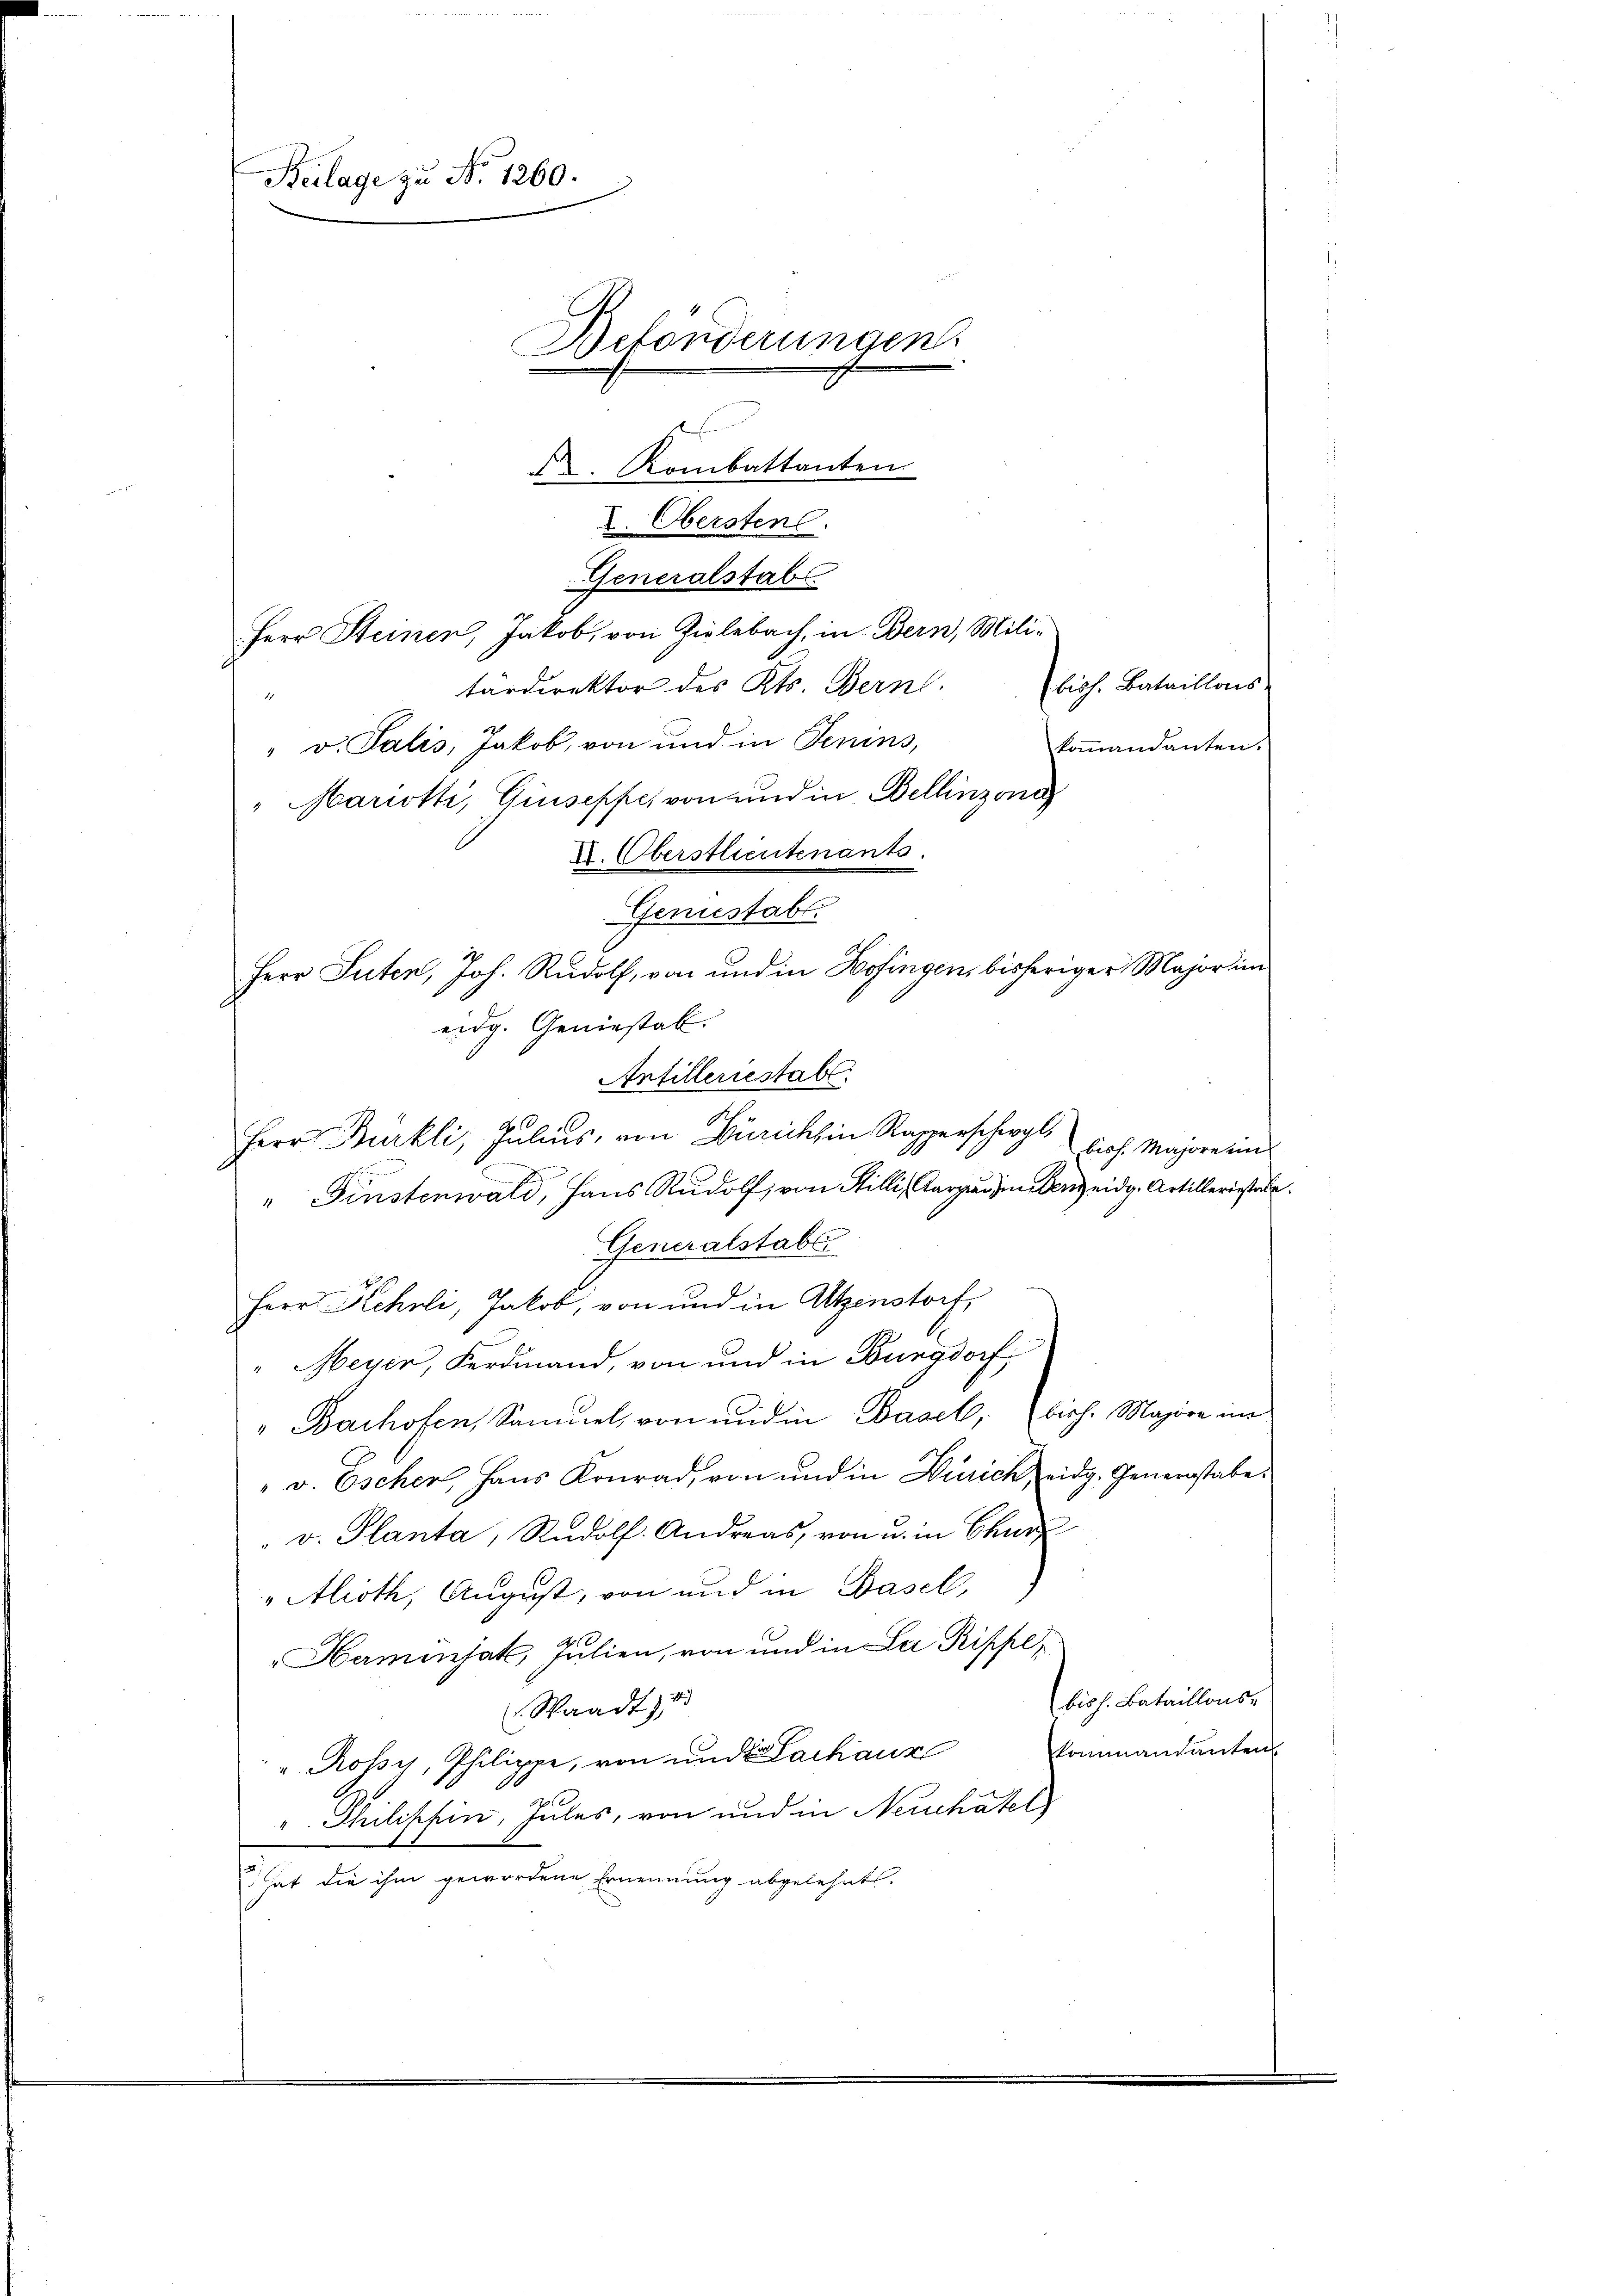
Beilage zu No 1260.
Befonderungen.
d Rombattanten

L. Obersten.
Generalstab
lios. Bataillons
tardirektor des Kts. Bern.
" v. Salis, Jakob, von und in Jenins,
kommandanten.
Antilleriestabs
Herr Bürkli, Julius, von Zürich in Rapperscher biss. Majore ein
" Finstenwald, Hans Rudolf, von Stilli, Aargausendenz eidg. Artilleriestabe
Generalstabs
Herr Kehrli, Jakob, von und in Atzenstorf,
" Meyer, Ferdinand, von und in Burgdorf,
"Bachofen, Samŭel von und in Basel, bisch. Majore im
" v. Escher, Hans Konrad, von und in Zürich, eidg. Genergstabe:
 v. Planta, Rudolf. Andreas, von u. in Churz
"Alioth, August, von und in Basell,
"Harminjak, Julien, von und in Lei Rippe,
biss. Bataillons-
Waadt, 1
kommandanten
v. Rossy, Philippe, von und Zachaur
". Philischin, Jules, von und in Neuchatel
Scher Sache gemeinden Ernennung abgehalten

Herr Steinen, Jakob, von Zielebach, in Bern, Mili-

"Marroth, Giuseppe von und in Bellinzona
I. Oberstlieutenants.
Geniestabl
Herr Suter, Joh. Rudolf, von und in Hofingen, bisheriger Major in
eidg. Geniestal